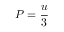
P = { \frac { u } { 3 } }